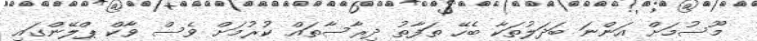
މޫސުމަށް އަންނަ ބަދަލުތަކާ ބެހޭ ތަފާތު ދިރާސާތައް ކުރުމަށް ވެސް ވާކް ޕްލޭންގައި